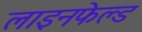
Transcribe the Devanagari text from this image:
लाइनफेल्ड